system: You are a helpful assistant.
user:
Analyze the provided spectrum to determine if it is a **M-type Giant (gM)**.

A M-type Giant spectrum is defined by its **strong molecular absorption** features, particularly from **Titanium Oxide (TiO)**. You must check for one of the following mutually exclusive signatures:

- **Key Visual Indicators (Absorption-Dominated Spectrum):**

    - **(Primary):** The spectrum is dominated by strong molecular absorption from **Titanium Oxide (TiO)**. This is the **defining feature** of its M-type temperature class.
        - **(Key Bandheads):** Look for sharp, "saw-tooth" absorption valleys. The strongest are located near **~7050 Å**, **~6160 Å**, and **~5170 Å**.
        - **(Line Profile):** The "saw-tooth" morphology is critical: a **sharp, steep drop on the BLUE (short-wavelength) side** of the bandhead, followed by a gradual recovery (rising flux) towards the RED (long-wavelength) side.

    - **(Key Confirmation - Giant vs. Dwarf):** **ABSENCE** of strong **Calcium Hydride (CaH)** molecular bands. This is the primary diagnostic for *excluding* M-dwarfs.
        - **(Key Region):** The spectrum should lack the strong, broad absorption band seen in dwarfs between **~6800 Å and ~7000 Å**.

    - **(Secondary Confirmation - Giant):** A very strong and broad **Neutral Calcium (Ca I)** atomic absorption line.
        - **(Key Line):** Located at **~4226 Å**. In a giant (gM), this line is significantly deeper and broader than the same line in an M-dwarf (dM) due to low surface gravity.

    - **(Overall Spectrum):**
        - The continuum is **extremely red-sloping** (i.e., flux is very low in the blue and rises dramatically towards the red).
        - The entire spectrum appears "chopped up" by the deep TiO bands.

Think first, call **spectral_visualization_tool** if needed to examine features in detail, then provide your final answer. Your response must adhere to the following strict rules:
1.  **Overall Structure:** Your response must follow the format `<think>...</think> <tool_call>...</tool_call> (if a tool is used) <answer>...</answer>`.
2.  **Tool Usage Constraint:** You may only make **one** tool call per turn.
3.  **Final Answer Format:** In the `<answer>` tag, your conclusion must be inside a `\boxed{}` command (e.g., `\boxed{YES}` or `\boxed{NO}`), followed by your justification.

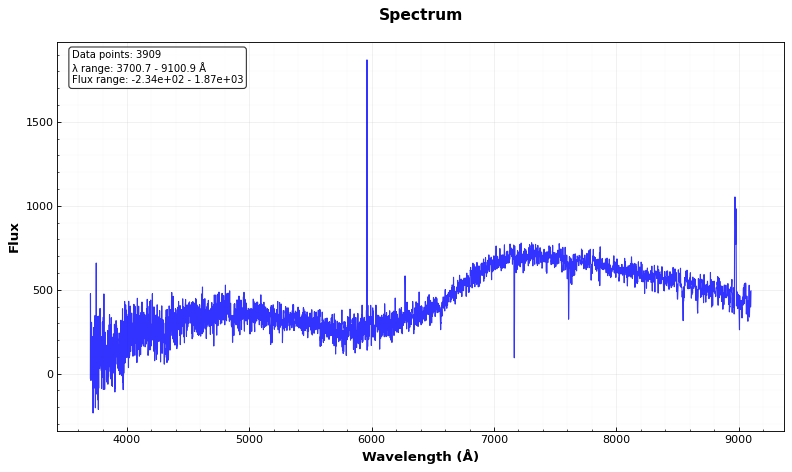
Answer: NO